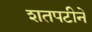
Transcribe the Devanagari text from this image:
शतपटीने